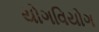
યોગવિયોગ